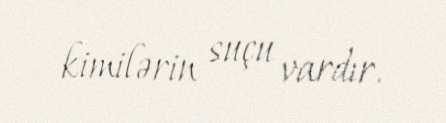
kimilərin suçu vardır.